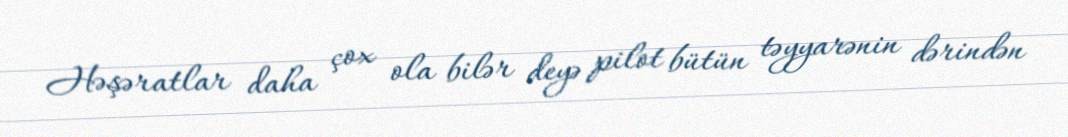
Həşəratlar daha çox ola bilər deyə pilot bütün təyyarənin dərindən